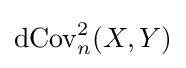
\operatorname {dCov} _{n}^{2}(X,Y)